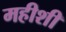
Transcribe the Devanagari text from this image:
महीशी